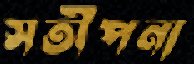
সতীপনা